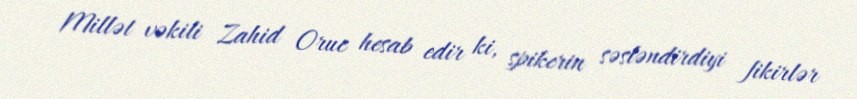
Millət vəkili Zahid Oruc hesab edir ki, spikerin səsləndirdiyi fikirlər